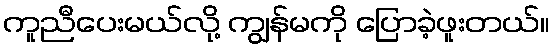
ကူညီပေးမယ်လို့ ကျွန်မကို ပြောခဲ့ဖူးတယ်။